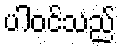
ပါဝင်သည်